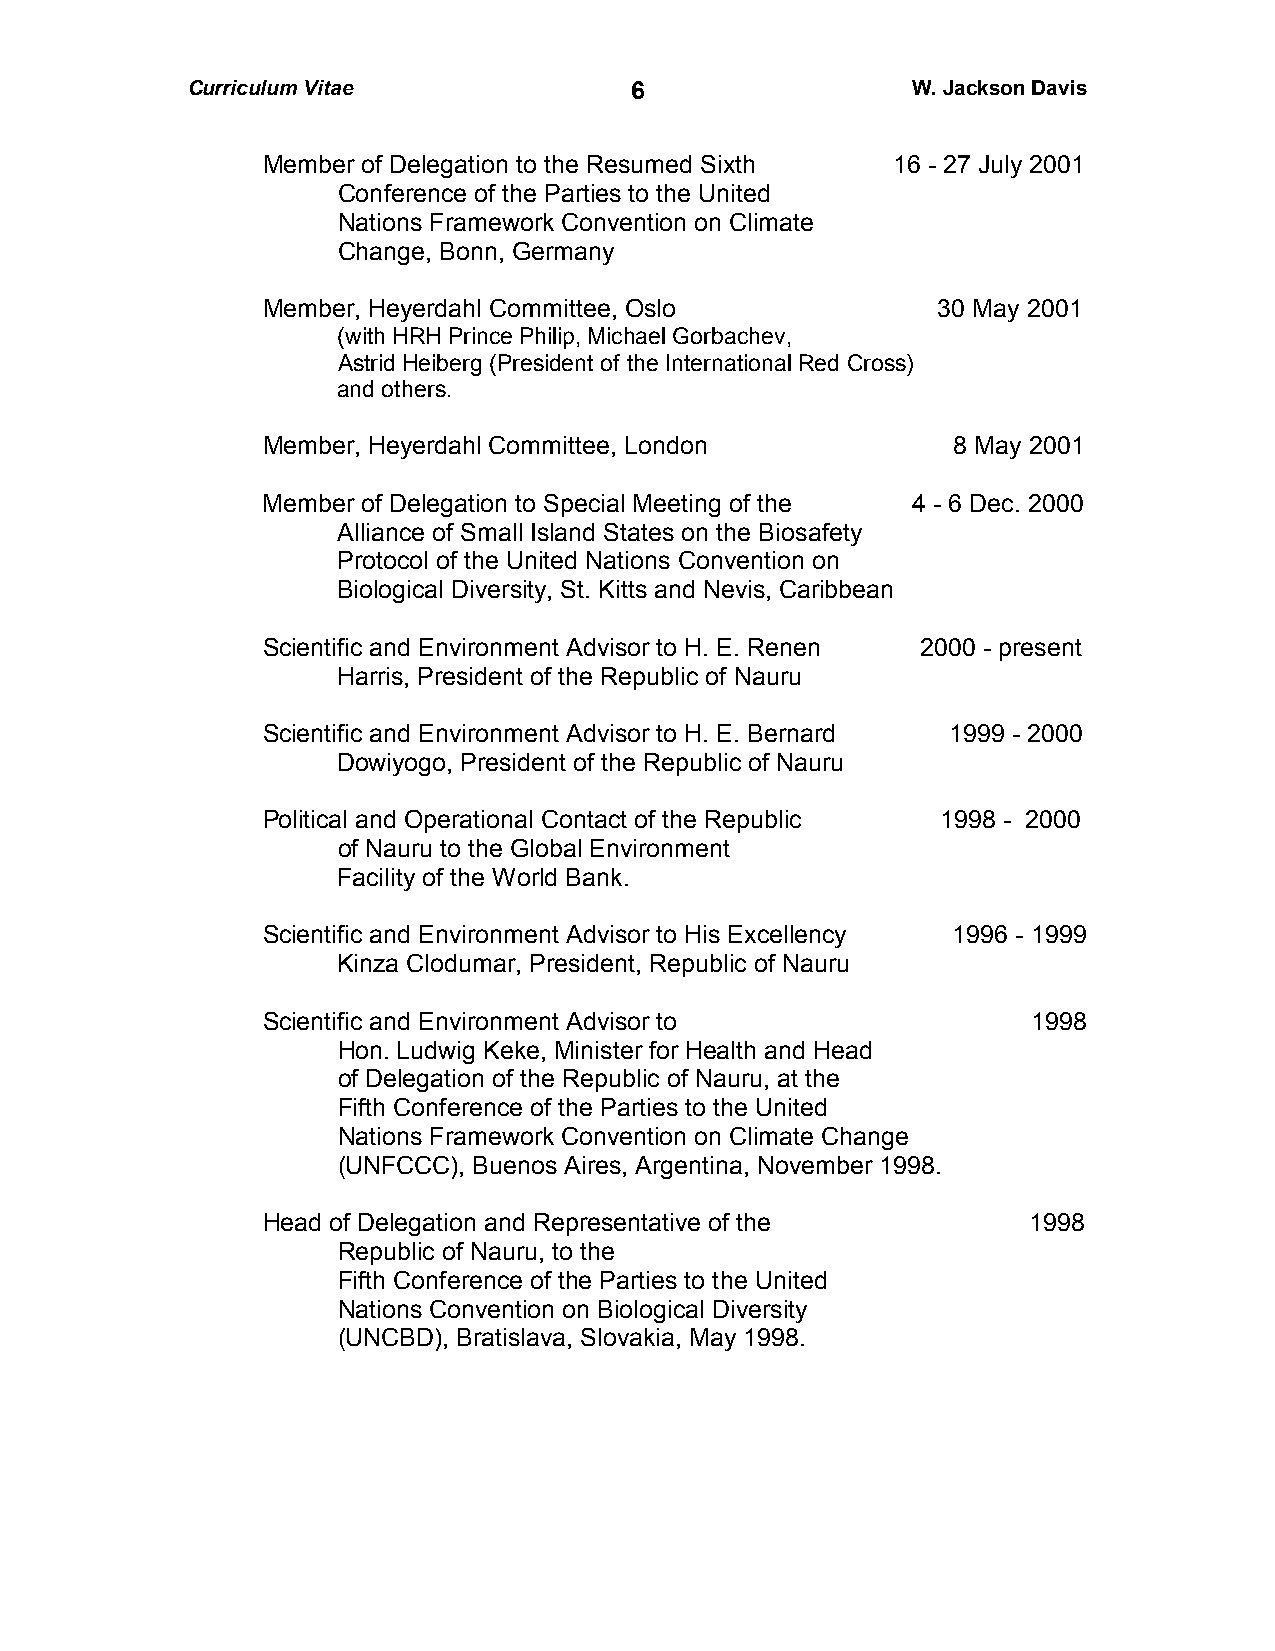
Curriculum Vitae              6                 W. Jackson Davis
 Member of Delegation to the Resumed Sixth 16 - 27 July 2001
 Conference of the Parties to the United
 Nations Framework Convention on Climate
 Change, Bonn, Germany
 Member, Heyerdahl Committee, Oslo            30 May 2001
 (with HRH Prince Philip, Michael Gorbachev,
 Astrid Heiberg (President of the International Red Cross)
 and others.
 Member, Heyerdahl Committee, London           8 May 2001
 Member of Delegation to Special Meeting of the 4 - 6 Dec. 2000
 Alliance of Small Island States on the Biosafety
 Protocol of the United Nations Convention on
 Biological Diversity, St. Kitts and Nevis, Caribbean
 Scientific and Environment Advisor to H. E. Renen 2000 - present
 Harris, President of the Republic of Nauru
 Scientific and Environment Advisor to H. E. Bernard 1999 - 2000
 Dowiyogo, President of the Republic of Nauru
 Political and Operational Contact of the Republic 1998 - 2000
 of Nauru to the Global Environment
 Facility of the World Bank.
 Scientific and Environment Advisor to His Excellency 1996 - 1999
 Kinza Clodumar, President, Republic of Nauru
 Scientific and Environment Advisor to              1998
 Hon. Ludwig Keke, Minister for Health and Head
 of Delegation of the Republic of Nauru, at the
 Fifth Conference of the Parties to the United
 Nations Framework Convention on Climate Change
 (UNFCCC), Buenos Aires, Argentina, November 1998.
 Head of Delegation and Representative of the       1998
 Republic of Nauru, to the
 Fifth Conference of the Parties to the United
 Nations Convention on Biological Diversity
 (UNCBD), Bratislava, Slovakia, May 1998.